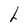
Character: L